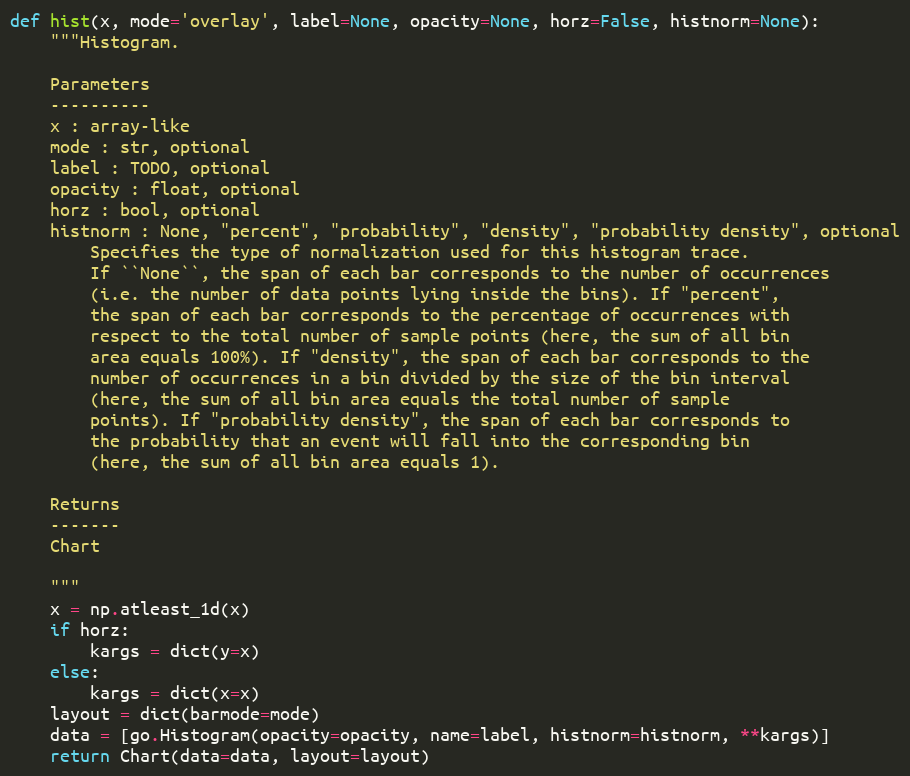
Language: Python
def hist(x, mode='overlay', label=None, opacity=None, horz=False, histnorm=None):
    """Histogram.

    Parameters
    ----------
    x : array-like
    mode : str, optional
    label : TODO, optional
    opacity : float, optional
    horz : bool, optional
    histnorm : None, "percent", "probability", "density", "probability density", optional
        Specifies the type of normalization used for this histogram trace.
        If ``None``, the span of each bar corresponds to the number of occurrences
        (i.e. the number of data points lying inside the bins). If "percent",
        the span of each bar corresponds to the percentage of occurrences with
        respect to the total number of sample points (here, the sum of all bin
        area equals 100%). If "density", the span of each bar corresponds to the
        number of occurrences in a bin divided by the size of the bin interval
        (here, the sum of all bin area equals the total number of sample
        points). If "probability density", the span of each bar corresponds to
        the probability that an event will fall into the corresponding bin
        (here, the sum of all bin area equals 1).

    Returns
    -------
    Chart

    """
    x = np.atleast_1d(x)
    if horz:
        kargs = dict(y=x)
    else:
        kargs = dict(x=x)
    layout = dict(barmode=mode)
    data = [go.Histogram(opacity=opacity, name=label, histnorm=histnorm, **kargs)]
    return Chart(data=data, layout=layout)